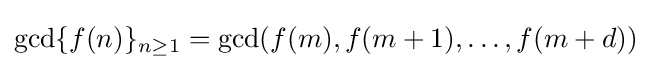
\gcd\{f(n)\}_{n\geq 1}=\gcd(f(m),f(m+1),\dots ,f(m+d))